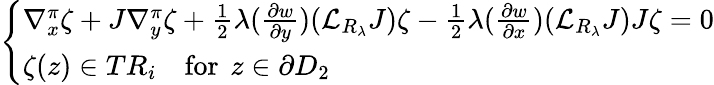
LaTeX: \left\{ \begin{array}{ll}{\nabla_{x}^{\pi}\zeta+J\nabla_{y}^{\pi}\zeta+\frac{1}{2}\lambda(\frac{\partial w}{\partial y})({\mathcal L}_{R_{\lambda}}J)\zeta-\frac{1}{2}\lambda(\frac{\partial w}{\partial x})({\mathcal L}_{R_{\lambda}}J)J\zeta=0}\\ {\zeta(z)\in TR_{i}\quad\mathrm{for~}\, z\in\partial D_{2}}\end{array}\right.